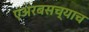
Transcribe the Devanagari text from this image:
एअरबसच्याच